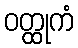
ဝတ္ထုကံ